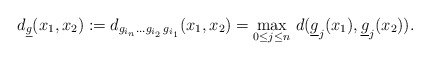
\begin{align*} d_{\underline g} (x_1, x_2) := d_{g_{i_{n}} \dots g_{i_2} \, g_{i_1}} (x_1, x_2)=\max_{0\le j \le n } \, d(\underline{g}_j(x_1),\underline{g}_j(x_2)). \end{align*}